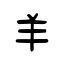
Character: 羊